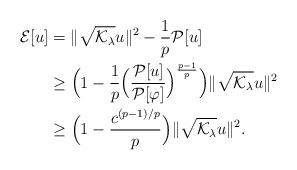
LaTeX: \begin{align*}\mathcal E[u]&=\|\sqrt{\mathcal K_\lambda} u\|^2-\frac1p\mathcal P[u]\\&\geq\Big(1-\frac{1}p\Big(\frac{\mathcal P[u]}{\mathcal P[\varphi]}\Big)^\frac{p-1}p\Big)\|\sqrt{\mathcal K_\lambda} u\|^2\\&\geq\Big(1-\frac{c^{(p-1)/p}}p\Big)\|\sqrt{\mathcal K_\lambda} u\|^2.\end{align*}